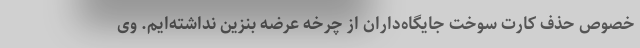
خصوص حذف کارت سوخت جایگاه‌داران از چرخه عرضه بنزین نداشته‌ایم. وی